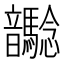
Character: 𩑉